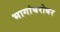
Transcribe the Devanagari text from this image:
भागांबरोबर